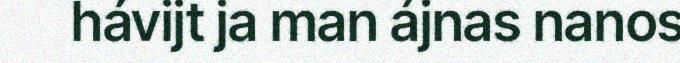
hávijt ja man ájnas nanos